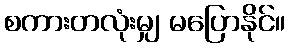
စကားတလုံးမျှ မပြောနိုင်။